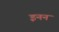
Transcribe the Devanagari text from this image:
इनन